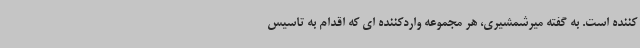
کننده است. به گفته میرشمشیری، هر مجموعه واردکننده ای که اقدام به تاسیس